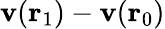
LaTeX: \mathbf{v}(\mathbf{r}_{1})-\mathbf{v}(\mathbf{r}_{0})